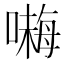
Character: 𱔙